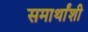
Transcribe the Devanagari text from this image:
समार्थांशी